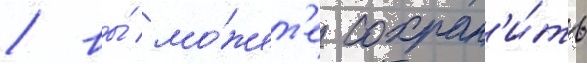
/ вы́ мо́жет'е сохран'и́ть